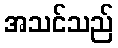
အသင်သည်